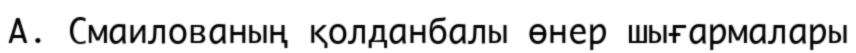
А. Смаилованың қолданбалы өнер шығармалары